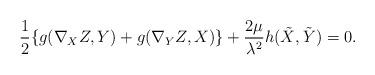
LaTeX: \begin{align*}\frac{1}{2} \{g(\nabla_X Z, Y) + g(\nabla_Y Z ,X)\} + \frac{2 \mu}{\lambda^2} h(\tilde{X},\tilde{Y}) = 0.\end{align*}